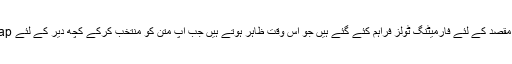
بی ٹا ورژن میں اس مقصد کے لئے فارمیٹنگ ٹولز فراہم کئے گئے ہیں جو اس وقت ظاہر ہوتے ہیں جب آپ متن کو منتخب کرکے کچھ دیر کے لئے Tap کئے رکھتے ہیں۔